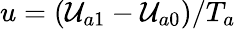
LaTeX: u=(\mathcal{U}_{a1}-\mathcal{U}_{a0})/T_{a}